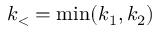
k _ { < } = \operatorname* { m i n } ( k _ { 1 } , k _ { 2 } )